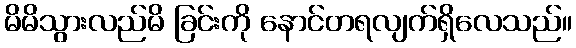
မိမိသွားလည်မိ ခြင်းကို နောင်တရလျက်ရှိလေသည်။